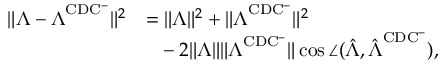
\begin{array} { r l } { \lVert \boldsymbol { \Lambda } - \boldsymbol { \Lambda } ^ { \mathrm { C D C ^ { - } } } \rVert ^ { 2 } } & { = \lVert \boldsymbol { \Lambda } \rVert ^ { 2 } + \lVert \boldsymbol { \Lambda } ^ { \mathrm { C D C ^ { - } } } \rVert ^ { 2 } } \\ & { \phantom { = } - 2 \lVert \boldsymbol { \Lambda } \rVert \lVert \boldsymbol { \Lambda } ^ { \mathrm { C D C ^ { - } } } \rVert \cos \angle ( \hat { \boldsymbol { \Lambda } } , \hat { \boldsymbol { \Lambda } } ^ { \mathrm { C D C ^ { - } } } ) , } \end{array}